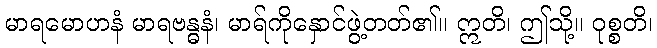
မာရမောဟနံ မာရဗန္ဓနံ၊ မာရ်ကိုနှောင်ဖွဲ့တတ်၏။ ဣတိ၊ ဤသို့။ ဝုစ္စတိ၊